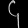
Digit: ၄